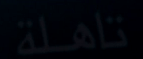
تأهلة